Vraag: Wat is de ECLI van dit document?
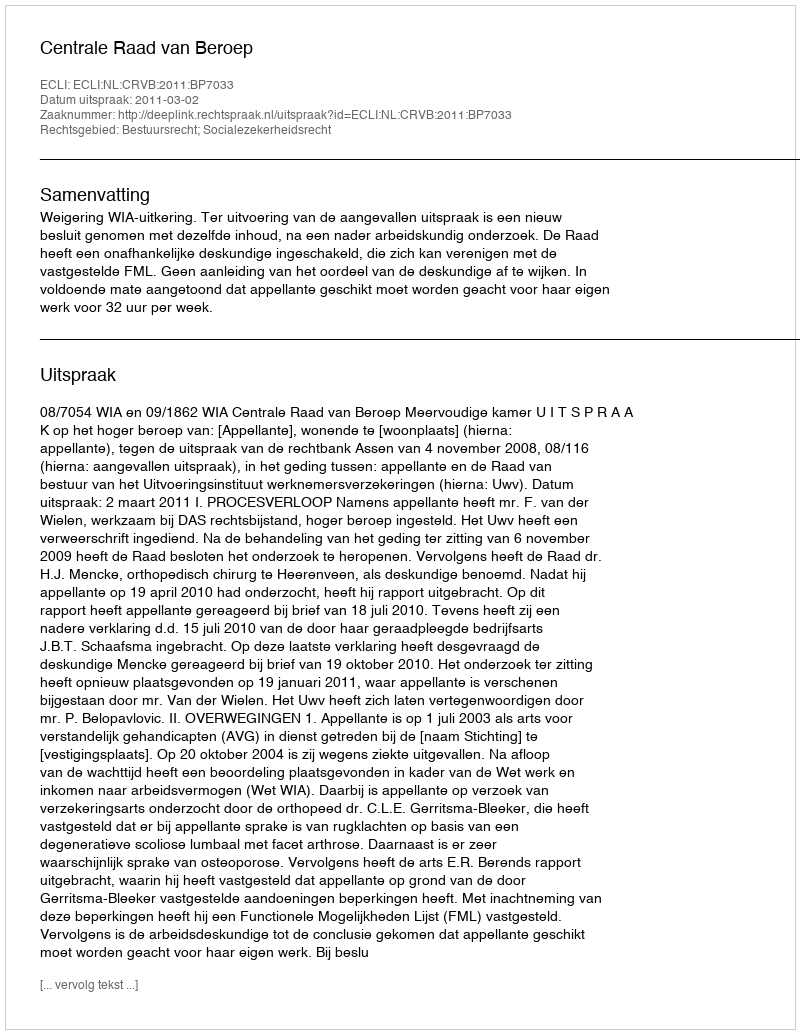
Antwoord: ECLI:NL:CRVB:2011:BP7033